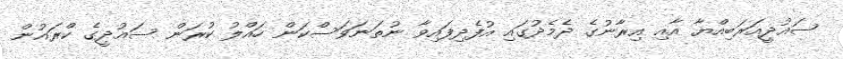
ސައުދީއަރަބިއްޔާ އާއި އިރާނުގެ ދެމެދުގައި އުފެދިފައިވާ ނުތަނަވަސްކަން ހައްލު ކުރަން ސައުދީގެ ކްރައުން